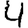
Digit: 4